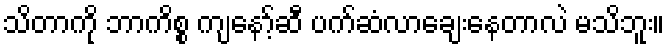
သိတာကို ဘာကိစ္စ ကျနော့်ဆီ ပက်ဆံလာချေးနေတာလဲ မသိဘူး။